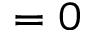
= 0